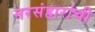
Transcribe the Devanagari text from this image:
नरसंहारांची